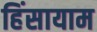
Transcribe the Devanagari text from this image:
हिंसायाम